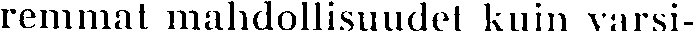
remmat mahdollisuudet kuin varsi-